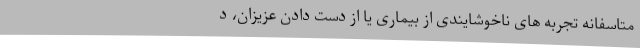
متاسفانه تجربه‌ های ناخوشایندی از بیماری یا از دست دادن عزیزان، د